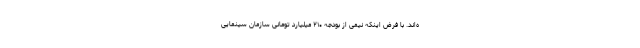
ه‌اند. با فرض اینکه نیمی از بودجه ۲۱۰ میلیارد تومانی سازمان سینمایی